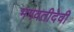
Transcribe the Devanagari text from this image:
भगवतीदेवी